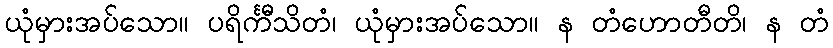
ယုံမှားအပ်သော။ ပရိင်္ကီသိတံ၊ ယုံမှားအပ်သော။ န တံဟောတီတိ၊ န တံ